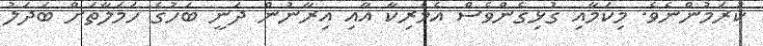
ކުރަމުންނެވެ. މިކަމާއި ގުޅިގެންވެސް އެމެރިކާ އާއި އިރާނުން ދަނީ ބަހުގެ ހަމަލާތަަށް ބަދަލު